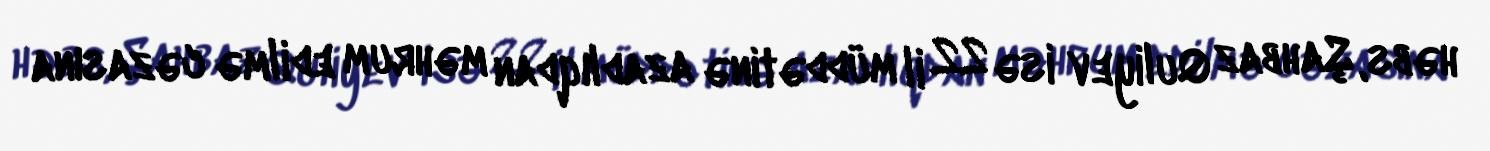
həbs, Şahbaz Quliyev isə 22 il müddətinə azadlıqdan məhrum edilmə cəzasına